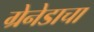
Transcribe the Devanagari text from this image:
ग्रेनेडाचा